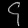
Digit: ၄